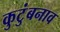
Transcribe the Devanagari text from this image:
कुटुंबनाव